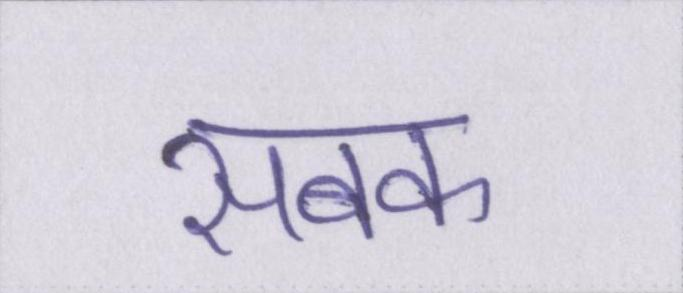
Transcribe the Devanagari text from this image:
सबक